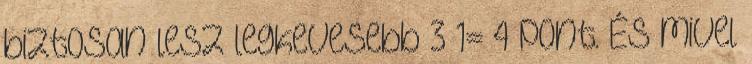
biztosan lesz legkevesebb 3 1= 4 pont. És mivel